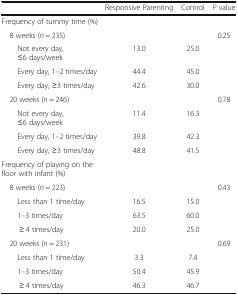
<table><thead><tr><td></td><td><b>Responsive Parenting</b></td><td><b>Control</b></td><td><b><i>P</i> value</b></td></tr></thead><tbody><tr><td colspan="3">Frequency of tummy time (%)</td><td></td></tr><tr><td> 8 weeks (<i>n</i> = 235)</td><td></td><td></td><td>0.25</td></tr><tr><td>Not every day,≤6 days/week</td><td>13.0</td><td>25.0</td><td></td></tr><tr><td>Every day, 1–2 times/day</td><td>44.4</td><td>45.0</td><td></td></tr><tr><td>Every day, ≥3 times/day</td><td>42.6</td><td>30.0</td><td></td></tr><tr><td> 20 weeks (<i>n</i> = 246)</td><td></td><td></td><td>0.78</td></tr><tr><td>Not every day,≤6 days/week</td><td>11.4</td><td>16.3</td><td></td></tr><tr><td>Every day, 1–2 times/day</td><td>39.8</td><td>42.3</td><td></td></tr><tr><td>Every day, ≥3 times/day</td><td>48.8</td><td>41.5</td><td></td></tr><tr><td colspan="3">Frequency of playing on the floor with infant (%)</td><td></td></tr><tr><td> 8 weeks (<i>n</i> = 223)</td><td></td><td></td><td>0.43</td></tr><tr><td>Less than 1 time/day</td><td>16.5</td><td>15.0</td><td></td></tr><tr><td>1–3 times/day</td><td>63.5</td><td>60.0</td><td></td></tr><tr><td>≥ 4 times/day</td><td>20.0</td><td>25.0</td><td></td></tr><tr><td> 20 weeks (<i>n</i> = 231)</td><td></td><td></td><td>0.69</td></tr><tr><td>Less than 1 time/day</td><td>3.3</td><td>7.4</td><td></td></tr><tr><td>1–3 times/day</td><td>50.4</td><td>45.9</td><td></td></tr><tr><td>≥ 4 times/day</td><td>46.3</td><td>46.7</td><td></td></tr></tbody></table>